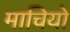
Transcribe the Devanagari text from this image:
माचियो